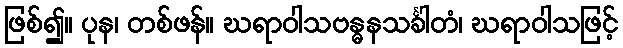
ဖြစ်၍။ ပုန၊ တစ်ဖန်။ ဃရာဝါသဗန္ဓနသင်္ခါတံ၊ ဃရာဝါသဖြင့်